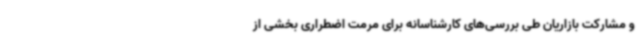
و مشارکت بازاریان طی بررسی‌های کارشناسانه برای مرمت اضطراری بخشی از